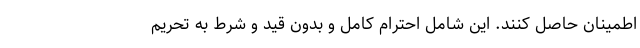
اطمینان حاصل کنند. این شامل احترام کامل و بدون قید و شرط به تحریم